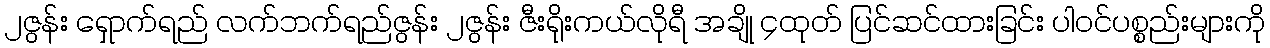
၂ဇွန်း ရှောက်ရည် လက်ဘက်ရည်ဇွန်း ၂ဇွန်း ဇီးရိုးကယ်လိုရီ အချို ၄ထုတ် ပြင်ဆင်ထားခြင်း ပါဝင်ပစ္စည်းများကို